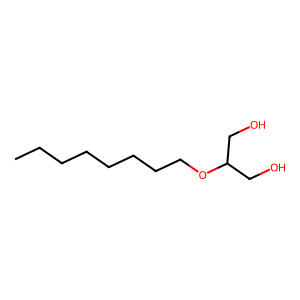
SMILES: CCCCCCCCOC(CO)CO
Inhibits HIV replication: No